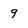
Character: 9